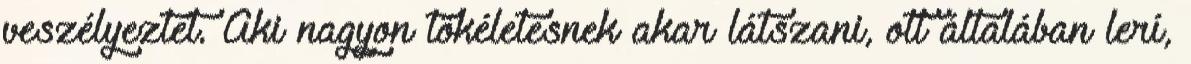
veszélyeztet. Aki nagyon tökéletesnek akar látszani, ott általában lerí,